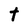
Character: t